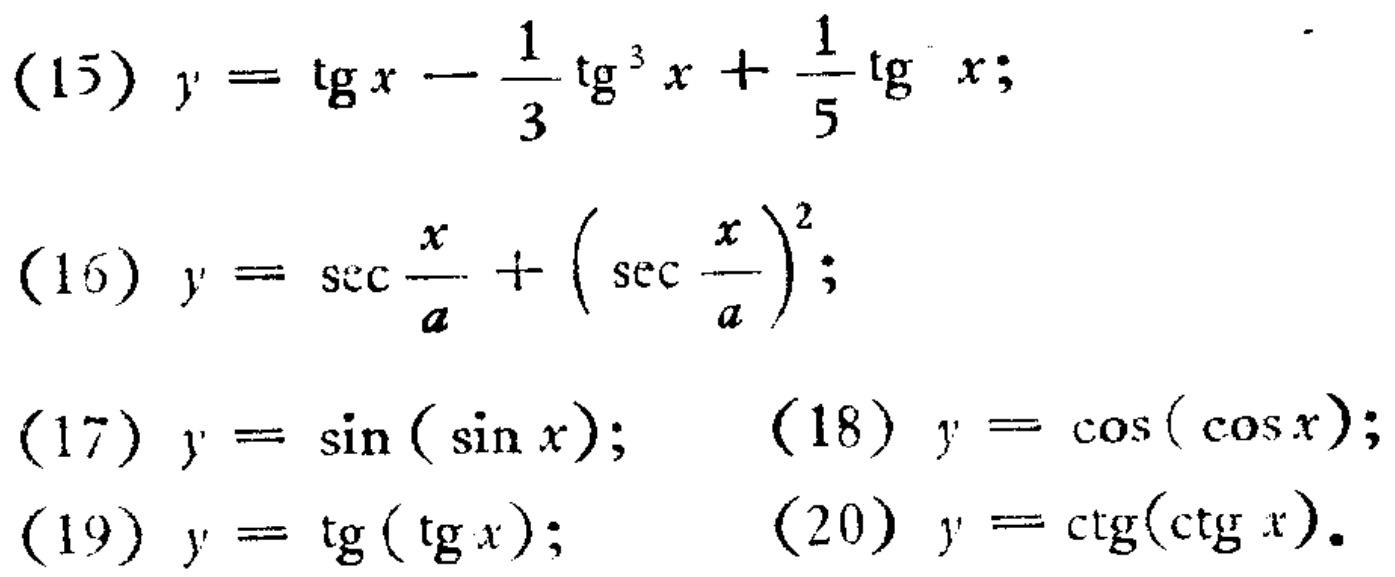
(15) \(y = \tan x-\frac{1}{3}\tan^{3}x+\frac{1}{5}\tan^{5}x\);
(16) \(y = \sec\frac{x}{a}+\left(\sec\frac{x}{a}\right)^{2}\);
(17) \(y = \sin(\sin x)\); (18) \(y = \cos(\cos x)\);
(19) \(y = \tan(\tan x)\); (20) \(y = \cot(\cot x)\).